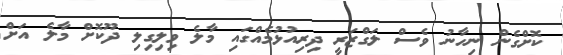
ކޮށްގެން ނިހާނު ވެސް ލަގްޒަރީ ދިރިއުޅުމެއްގައި މާލެ ވިލިގިލި ދޫކޮށް މާލެ އަށް